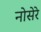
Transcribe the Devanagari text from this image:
नोसेरे